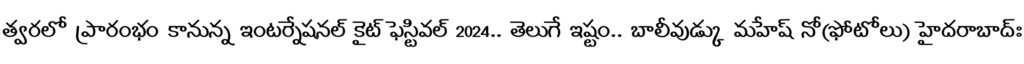
త్వరలో ప్రారంభం కానున్న ఇంటర్నేషనల్ కైట్ ఫెస్టివల్ 2024.. తెలుగే ఇష్టం.. బాలీవుడ్కు మహేష్ నో(ఫోటోలు) హైదరాబాద్ః